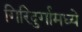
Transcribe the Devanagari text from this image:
गिरिदुर्गामध्ये